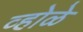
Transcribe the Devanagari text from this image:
व्होळे